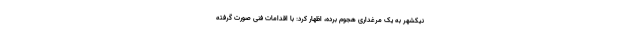
نیکشهر به یک مرغداری هجوم برده، اظهار کرد: با اقدامات فنی صورت گرفته